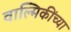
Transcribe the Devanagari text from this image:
वाल्मिकींच्या